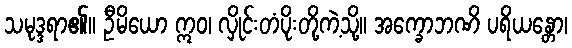
သမုဒ္ဒရာ၏။ ဦမိယော ဣဝ၊ လှိုင်းတံပိုးတို့ကဲ့သို့။ အက္ခောဘဏိ ပရိယန္တော၊